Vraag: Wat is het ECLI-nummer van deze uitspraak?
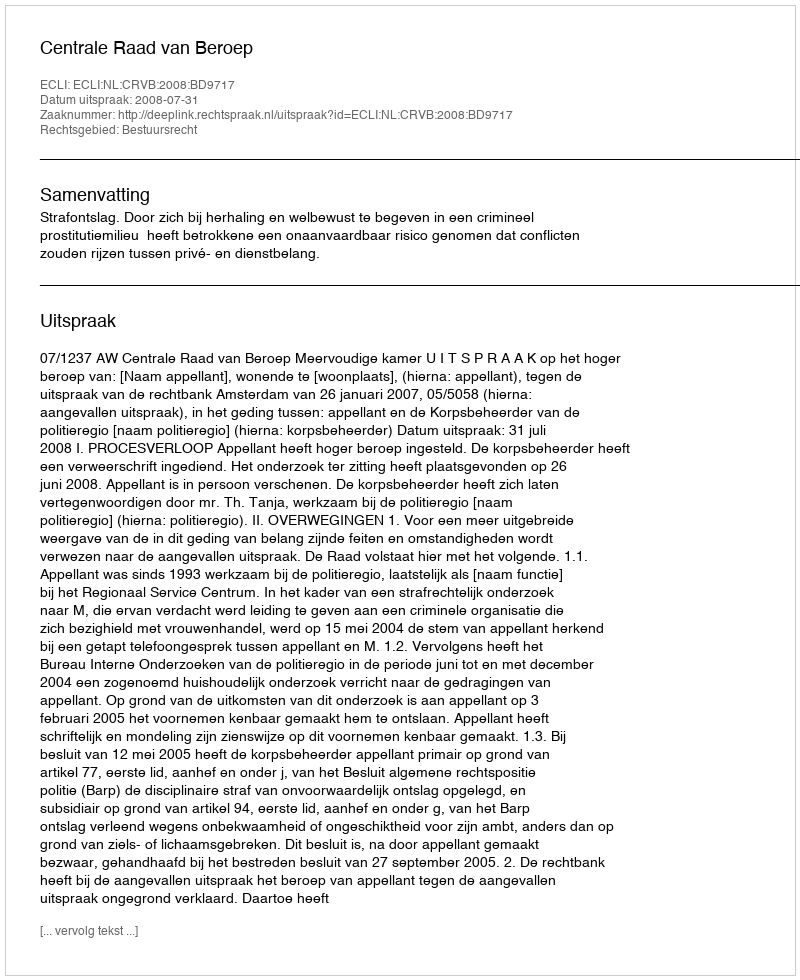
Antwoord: ECLI:NL:CRVB:2008:BD9717